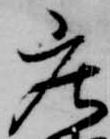
庄